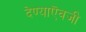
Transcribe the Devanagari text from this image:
देण्याऎवजी